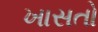
ખાસતો